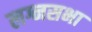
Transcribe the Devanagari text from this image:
लग्नसभा